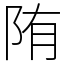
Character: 陏